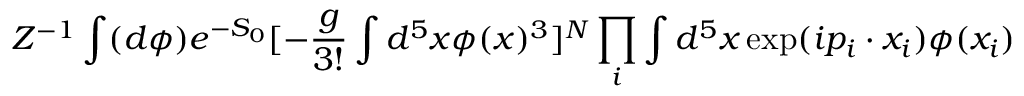
Z ^ { - 1 } \int ( d \phi ) e ^ { - S _ { 0 } } [ - \frac { g } { 3 ! } \int d ^ { 5 } x \phi ( x ) ^ { 3 } ] ^ { N } \prod _ { i } \int d ^ { 5 } x \exp ( i p _ { i } \cdot x _ { i } ) \phi ( x _ { i } )